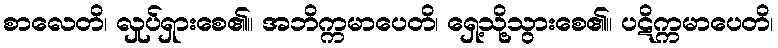
စာလေတိ၊ လှုပ်ရှားစေ၏။ အဘိက္ကမာပေတိ၊ ရှေ့သို့သွားစေ၏။ ပဋိက္ကမာပေတိ၊